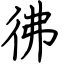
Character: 彿